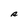
Character: R